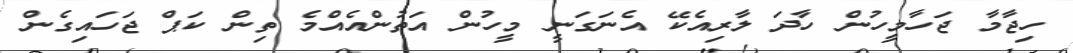
ހިޖާމާ ޖަހާމީހުން ހާދަ ލާރިއެކޭ އެނަގަނީ މީހުން އަތުންއެއްމެ ތިން ކަޕް ޖަހައިގެން